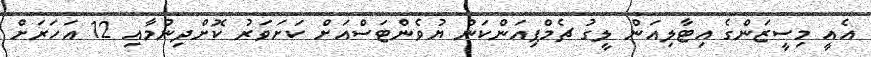
އެއީ މިސީޒަންގެ އިޓާލިއަން ލީގު ޗެމްޕިއަންކަން ޔުވެންޓަސްއަށް ކަށަވަރު ކޮށްދިނުމާއި 12 އަހަރަށް